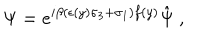
\Psi = e ^ { i \beta ( \epsilon ( y ) \sigma _ { 3 } + \sigma _ { 1 } ) f ( y ) } \hat { \Psi } \ ,